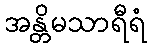
အန္တိမသာရီရံ